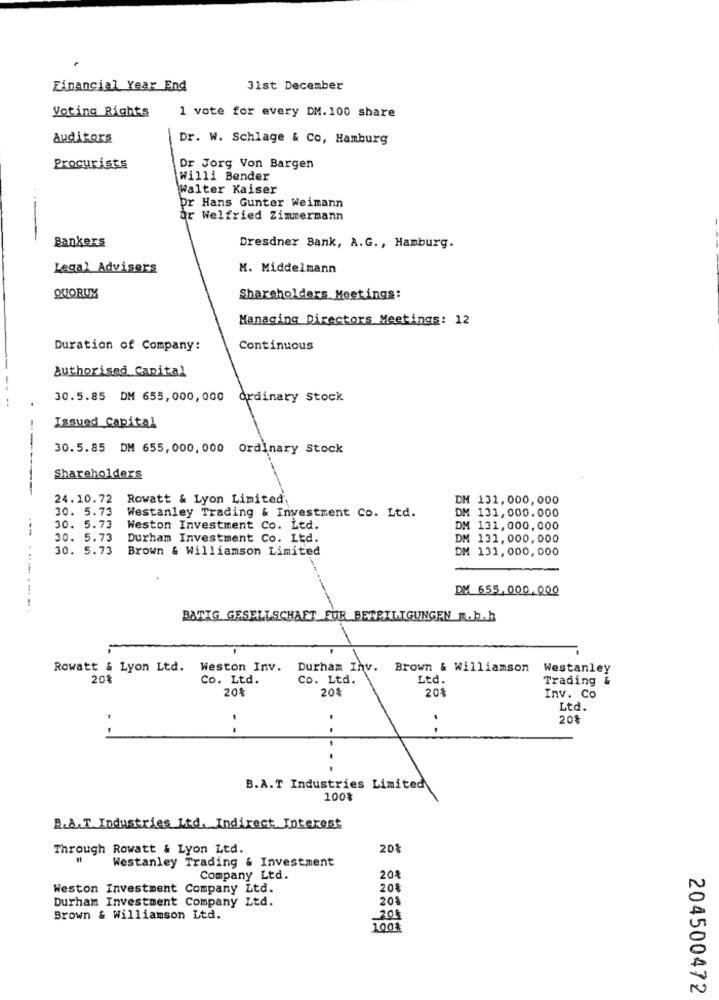
Financial Year End
31st December
Voting Rights
1 vote for every DM.100 share
Auditors
Dr. W. Schlage & Co, Hamburg
Procurists
Dr Jorg Von Bargen
willi Bender
walter Kaiser
--
br Hans Gunter Weimann
or Welfried Zimmermann
-
Bankers
Dresdner Bank, A.G ., Hamburg.
Legal Advisors
M. Middelmann
QUORUM
Shareholders Meetings:
Managing Directors Meetings: 12
Duration of Company:
Continuous
authorised Capital
30.5.85 DM 655,000,000 Ordinary Stock
Issued Capital
30.5.85 DM 655, 000, 000 Ordinary Stock
Shareholders
24.10.72
Rowatt & Lyon Limited,
DH 132,000, 000
30. 5.73
Westanley Trading & Investment Co. Ltd.
DM 131,000.000
30. 5.73
Weston Investment Co. Ltd.
DM 131,000,000
30. 5.73
Durham Investment Co. Ltd.
DM 131,000,000
30. 5.73
Brown & Williamson Limited
DM 131,000,000
DM 655,000,000
.----....
BATIG GESELLSCHAFT FÜR BETEILIGUNGEN M.b.h
Rowatt & Lyon Ltd.
Weston Inv.
Durham Inv.
Brown & williamson
Westanley
20%
Co. Ltd.
Co. Ltd.
Ltd.
Trading
20%
201
20%
Inv. Co
Ltd.
201
. .
B.A.T Industries Limited
100%
B.A.T. Industries Ltd. Indirect Interest
Through Rowatt & Lyon Ltd.
20%
Westanley Trading & Investment
Company Ltd.
20%
Weston Investment Company Ltd.
20%
Durham Investment Company Ltd.
20%
Brown & Williamson Ltd.
208
100%
204500472